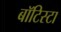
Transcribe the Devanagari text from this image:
बाॅटिस्टा